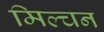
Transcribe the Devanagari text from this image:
मिल्चन